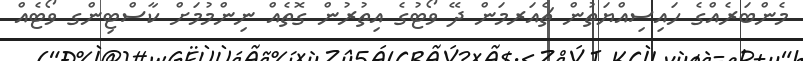
މެންބަރެއްގެ ހައިސިއްޔަތުން ޗެއަރމަން ދޭ ވޯޓުގެ އިތުރުން ގޮތެއް ނިންމުމަށް ކާސްޓިންގ ވޯޓެއް